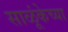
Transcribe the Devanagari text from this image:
साळूंकेच्या